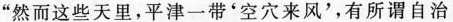
”然而这些天里，平津一带'空穴来风'，有所谓自治